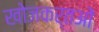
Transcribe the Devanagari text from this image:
खोजकर्तओं